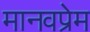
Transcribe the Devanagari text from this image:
मानवप्रेम